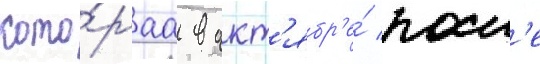
кото́раа в окт'ябр'е́ посл'е